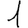
Digit: 1